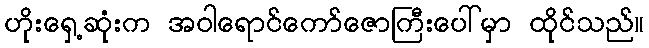
ဟိုးရှေ့ဆုံးက အဝါရောင်ကော်ဇောကြီးပေါ်မှာ ထိုင်သည်။